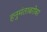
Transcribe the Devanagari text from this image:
हनुमंताबरोबर